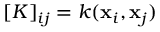
[ K ] _ { i j } = k ( \mathbf { x } _ { i } , \mathbf { x } _ { j } )